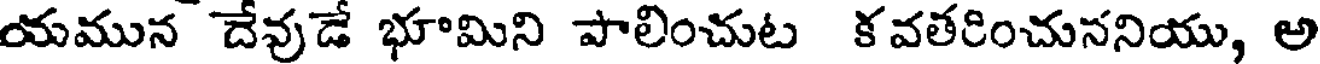
యమున దేవుడే భూమిని పాలించుట కవతరించుసనియు, అ